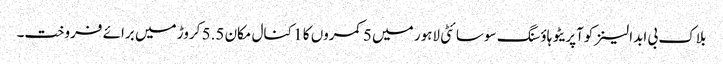
بلاک بی ابدالینزکوآپریٹو ہاؤسنگ سوسائٹی لاہور میں 5 کمروں کا 1 کنال مکان 5.5 کروڑ میں برائے فروخت۔